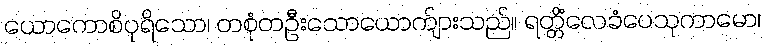
ယောကောစိပုရိသော၊ တစုံတဦးသောယောက်ျားသည်။ ရတ္တိံလေခံပေသုကာမော၊